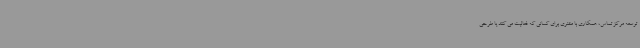
توسعه مرکز تماس، همکاری با مشتری برای کسانی که فعالیت می کنند یا طرحی